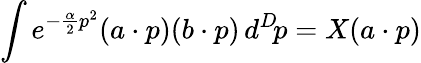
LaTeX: \int e^{-{\frac{\alpha}{2}}p^{2}}(a\cdot p)(b\cdot p)\, d^{D}\! p=X(a\cdot p)